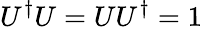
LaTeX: U^{\dagger}U=UU^{\dagger}=1